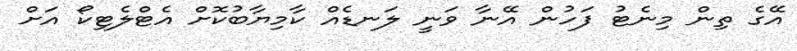
އޭގެ ތިން މިނެޓު ފަހުން އޭނާ ވަނީ ލަނޑެއް ކާމިޔާބުކޮށް އެޓްލެޓިކޯ އަށް